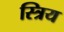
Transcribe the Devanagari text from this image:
स्त्रिय